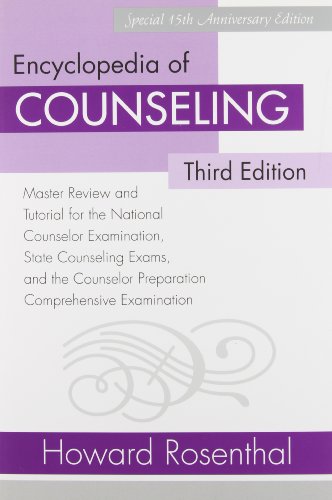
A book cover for Encyclopedia of Counseling Package: Complete Review Package for the National Counselor Examination, State Counseling Exams, and Counselor Preparation Comprehensive Examination (CPCE); Howard Rosenthal; Medical Books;